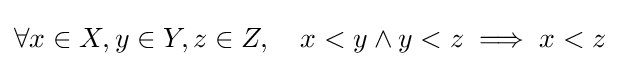
\forall x\in X,y\in Y,z\in Z,\quad x<y\wedge y<z\implies x<z